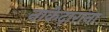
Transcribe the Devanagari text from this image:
नाकेदारांना